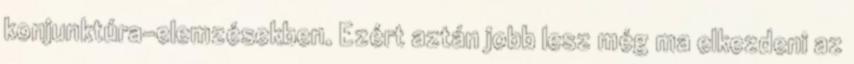
konjunktúra-elemzésekben. Ezért aztán jobb lesz még ma elkezdeni az